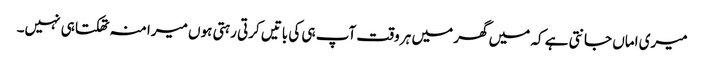
میری اماں جانتی ہے کہ میں گھر میں ہر وقت آپ ہی کی باتیں کرتی رہتی ہوں میرا منہ تھکتا ہی نہیں۔